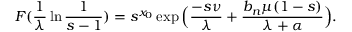
F ( \frac { 1 } { \lambda } \ln { \frac { 1 } { s - 1 } } ) = s ^ { x _ { 0 } } \exp \Big ( \frac { - s \nu } { \lambda } + \frac { b _ { n } \mu ( 1 - s ) } { \lambda + \alpha } \Big ) .